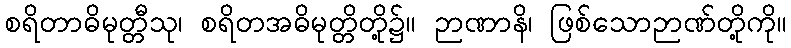
စရိတာဓိမုတ္တီသု၊ စရိတအဓိမုတ္တိတို့၌။ ဉာဏာနိ၊ ဖြစ်သောဉာဏ်တို့ကို။